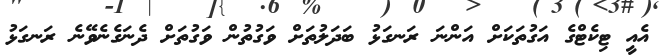
އެއީ ޓިކެޓްގެ އަގުތަކަށް އަންނަ ރަނގަޅު ބަދަލުތަށް ވަގުތުން ވަގުތަށް ދެނަގެނެވޭނެ ރަނގަޅު